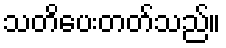
သတိပေးတတ်သည်။